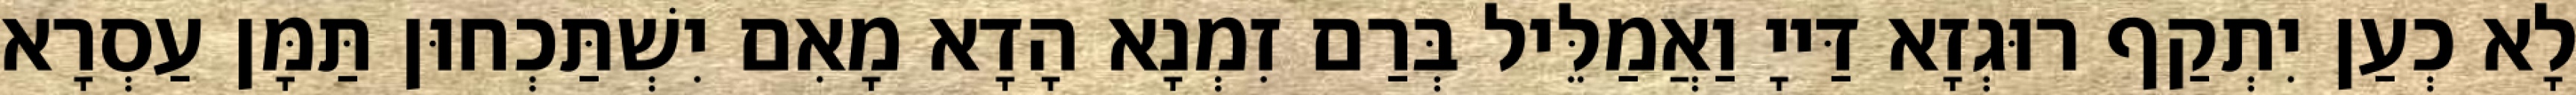
לָא כְעַן יִתְקַף רוּגְזָא דַּייָ וַאֲמַלֵּיל בְּרַם זִמְנָא הָדָא מָאִם יִשְׁתַּכְחוּן תַּמָּן עַסְרָא